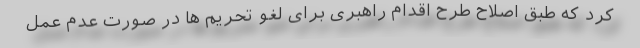
کرد که طبق اصلاح طرح اقدام راهبری برای لغو تحریم ها در صورت عدم عمل